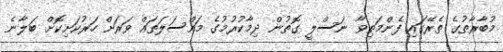
މުބާރާތުގެ ތެރޭގައި ފެންމަތިވާ ނަސްލީ ގޮތުން ދިމާކުރުމުގެ މައްސަލަތައް ވަރަށް ހަރުކަށިކޮށް ބަލާނެ